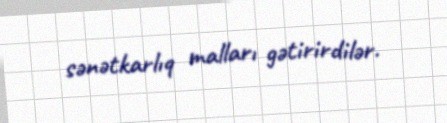
sənətkarlıq malları gətirirdilər.